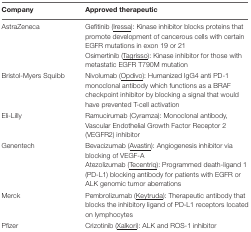
<table><thead><tr><td><b>Company</b></td><td><b>Approved therapeutic</b></td></tr></thead><tbody><tr><td>AstraZeneca</td><td>Gefitinib (<underline>Iressa</underline>): Kinase inhibitor blocks proteins that promote development of cancerous cells with certain EGFR mutations in exon 19 or 21Osimertinib (<underline>Tagrisso</underline>): Kinase inhibitor for those with metastatic EGFR T790M mutation</td></tr><tr><td>Bristol-Myers Squibb</td><td>Nivolumab (<underline>Opdivo</underline>): Humanized IgG4 anti PD-1 monoclonal antibody which functions as a BRAF checkpoint inhibitor by blocking a signal that would have prevented T-cell activation</td></tr><tr><td>Eli-Lilly</td><td>Ramucirumab (Cyramza): Monoclonal antibody, Vascular Endothelial Growth Factor Receptor 2 (VEGFR2) inhibitor</td></tr><tr><td>Genentech</td><td>Bevacizumab (<underline>Avastin</underline>): Angiogenesis inhibitor via blocking of VEGF-AAtezolizumab (<underline>Tecentriq</underline>): Programmed death-ligand 1 (PD-L1) blocking antibody for patients with EGFR or ALK genomic tumor aberrations</td></tr><tr><td>Merck</td><td>Pembrolizumab (<underline>Keytruda</underline>): Therapeutic antibody that blocks the inhibitory ligand of PD-L1 receptors located on lymphocytes</td></tr><tr><td>Pfizer</td><td>Crizotinib (<underline>Xalkori</underline>): ALK and ROS-1 inhibitor</td></tr></tbody></table>